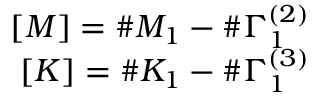
\begin{array} { r } { \boldsymbol { [ M ] } = \# M _ { 1 } - \# \Gamma _ { 1 } ^ { ( 2 ) } } \\ { \boldsymbol { [ K ] } = \# K _ { 1 } - \# \Gamma _ { 1 } ^ { ( 3 ) } } \end{array}